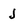
Character: J